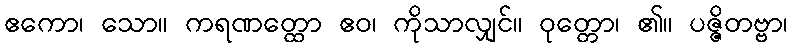
ဧကော၊ သော။ ကရဏတ္ထော ဧဝ၊ ကိုသာလျှင်။ ဝုတ္တော၊ ၏။ ပဇ္ဇိတဗ္ဗာ၊